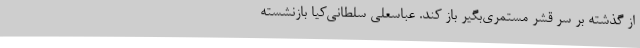
از گذشته بر سر قشر مستمری‌بگیر باز کند. عباسعلی سلطانی‌کیا بازنشسته